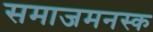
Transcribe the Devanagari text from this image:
समाजमनस्क